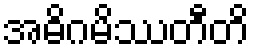
အဓိဂမိဿတီတိ